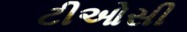
ટીઓસી